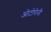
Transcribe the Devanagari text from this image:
ओटोपेनी